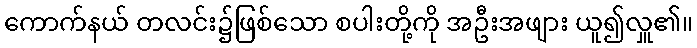
ကောက်နယ် တလင်း၌ဖြစ်သော စပါးတို့ကို အဦးအဖျား ယူ၍လှူ၏။